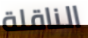
الناقلة